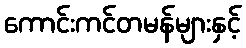
ကောင်းကင်တမန်များနှင့်